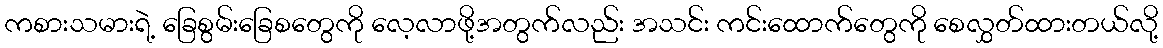
ကစားသမားရဲ့ ခြေစွမ်းခြေစတွေကို လေ့လာဖို့အတွက်လည်း အသင်း ကင်းထောက်တွေကို စေလွှတ်ထားတယ်လို့